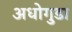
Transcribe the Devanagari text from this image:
अधोगुडा